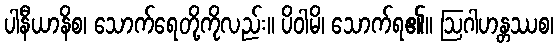
ပါနီယာနိစ၊ သောက်ရေတို့ကိုလည်း။ ပိဝါမိ၊ သောက်ရ၏။ ဩဂါဟန္တဿစ၊